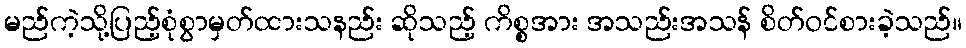
မည်ကဲ့သို့ပြည့်စုံစွာမှတ်ထားသနည်း ဆိုသည့် ကိစ္စအား အသည်းအသန် စိတ်ဝင်စားခဲ့သည်။